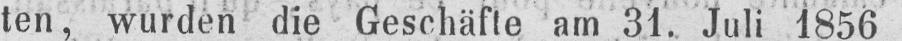
ten, wurden die Geschäfte am 31. Juli 1856